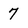
Character: 7